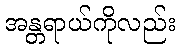
အန္တရာယ်ကိုလည်း